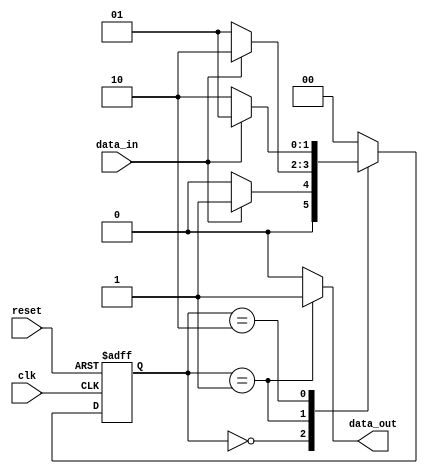
module state_machine (
  input wire clk,
  input wire reset,
  input wire data_in,
  output reg data_out
);

// Define states
parameter IDLE = 2'b00;
parameter STATE1 = 2'b01;
parameter STATE2 = 2'b10;

// Define state register and next state logic
reg [1:0] state, next_state;

always @ (posedge clk or posedge reset) begin
  if (reset) begin
    state <= IDLE; // Initialize to IDLE state on reset
  end else begin
    state <= next_state; // Update state based on next state logic
  end
end

// Define state transition logic
always @ (*) begin
  case(state)
    IDLE: begin
      if (data_in) begin
        next_state = STATE1; // Transition to STATE1 if input is high
      end else begin
        next_state = IDLE; // Stay in IDLE state otherwise
      end
    end
    STATE1: begin
      if (data_in) begin
        next_state = STATE2; // Transition to STATE2 if input is high
      end else begin
        next_state = STATE1; // Stay in STATE1 otherwise
      end
    end
    STATE2: begin
      if (data_in) begin
        next_state = STATE1; // Transition back to STATE1 if input is high
      end else begin
        next_state = STATE2; // Stay in STATE2 otherwise
      end
    end
    default: next_state = IDLE; // Default to IDLE state
  endcase
end

// Define output logic based on current state
always @ (*) begin
  case(state)
    IDLE: data_out = 1'b0; // Output low in IDLE state
    STATE1: data_out = 1'b1; // Output high in STATE1 state
    STATE2: data_out = 1'b0; // Output low in STATE2 state
    default: data_out = 1'b0; // Output low by default
  endcase
end

endmodule